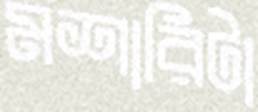
মশারিটা